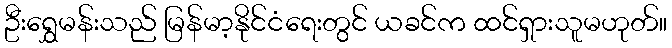
ဦးရွှေမန်းသည် မြန်မာ့နိုင်ငံရေးတွင် ယခင်က ထင်ရှားသူမဟုတ်။